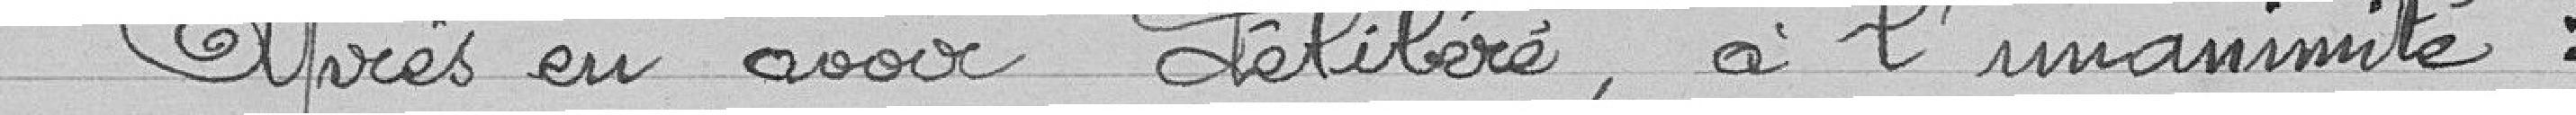
Après en avoir délibéré, à l'unanimité :